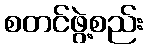
စတင်ဖွဲ့စည်း